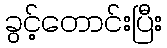
ခွင့်တောင်းပြီး